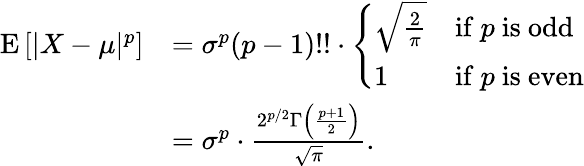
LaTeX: {\begin{array}{rl}{\operatorname{E}\left[|X-\mu|^{p}\right]}&{=\sigma^{p}(p-1)!!\cdot{\left\{ \begin{array}{ll}{{\sqrt{\frac{2}{\pi}}}}&{{\mathrm{if~}}p{\mathrm{~is~odd}}}\\ {1}&{{\mathrm{if~}}p{\mathrm{~is~even}}}\end{array}\right.}}\\ &{=\sigma^{p}\cdot{\frac{2^{p/2}\Gamma\left({\frac{p+1}{2}}\right)}{\sqrt{\pi}}}.}\end{array}}